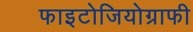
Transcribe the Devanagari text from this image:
फाइटोजियोग्राफी